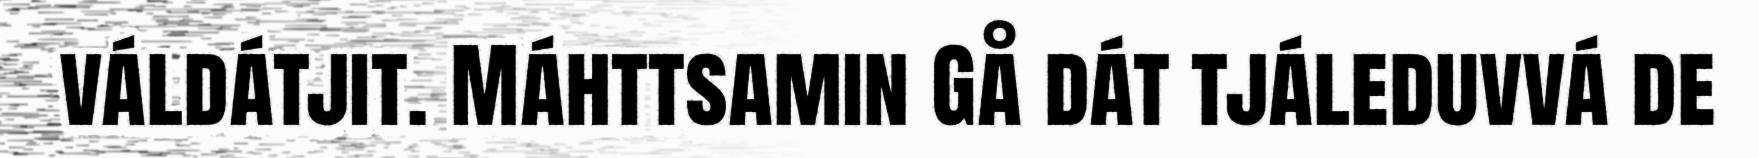
váldátjit. Máhttsamin Gå dát tjáleduvvá de